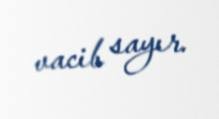
vacib sayır.